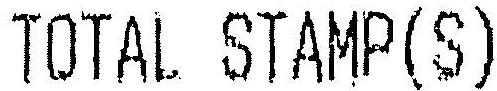
TOTAL STAMP(S)